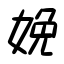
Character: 娩